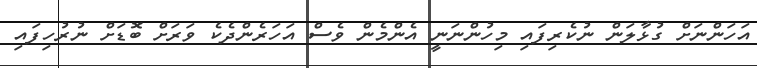
އަހަންނަށް ގުޅާލަން ނުކެރިފައި މިހުންނަނީ އެންމެން ވެސް އަހަރެންދެކެ ވަރަށް ބޮޑަށް ނުރުހިފައި